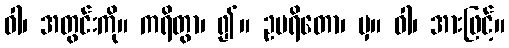
ဝါ၊ အတွင်းကို။ ကရိတွာ၊ ၍။ ဥပရိတော၊ မှ။ ဝါ၊ အားဖြင့်။